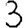
Digit: 3